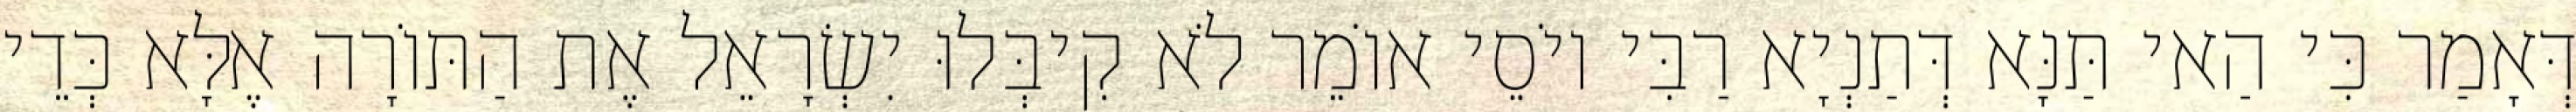
דְּאָמַר כִּי הַאי תַּנָּא דְּתַנְיָא רַבִּי יוֹסֵי אוֹמֵר לֹא קִיבְּלוּ יִשְׂרָאֵל אֶת הַתּוֹרָה אֶלָּא כְּדֵי